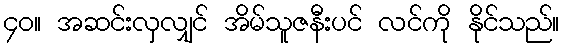
၄၀။ အဆင်းလှလျှင် အိမ်သူဇနီးပင် လင်ကို နိုင်သည်။